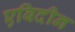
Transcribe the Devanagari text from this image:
एबिदीन